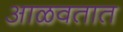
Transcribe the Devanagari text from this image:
आळवतात